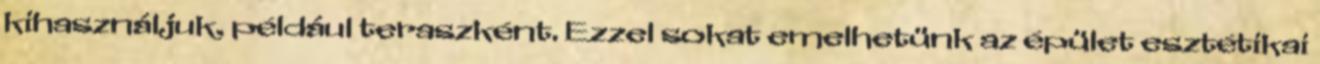
kihasználjuk, például teraszként. Ezzel sokat emelhetünk az épület esztétikai